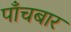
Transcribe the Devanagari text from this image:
पाँचबार